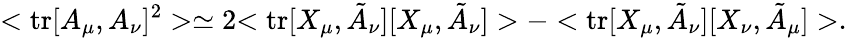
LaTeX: <\mathrm{tr}[A_{\mu},A_{\nu}]^{2}>\simeq 2{<\mathrm{tr}[X_{\mu},\tilde{A}_{\nu}][X_{\mu},\tilde{A}_{\nu}]>-<\mathrm{tr}[X_{\mu},\tilde{A}_{\nu}][X_{\nu},\tilde{A}_{\mu}]>}.